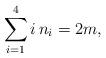
LaTeX: \begin{align*}\sum_{i = 1}^4 i\,n_i=2m,\end{align*}